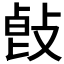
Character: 𢽭